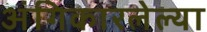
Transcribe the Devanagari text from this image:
अंगिकारलेल्या